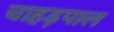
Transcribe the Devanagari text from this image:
चाहड़पाल